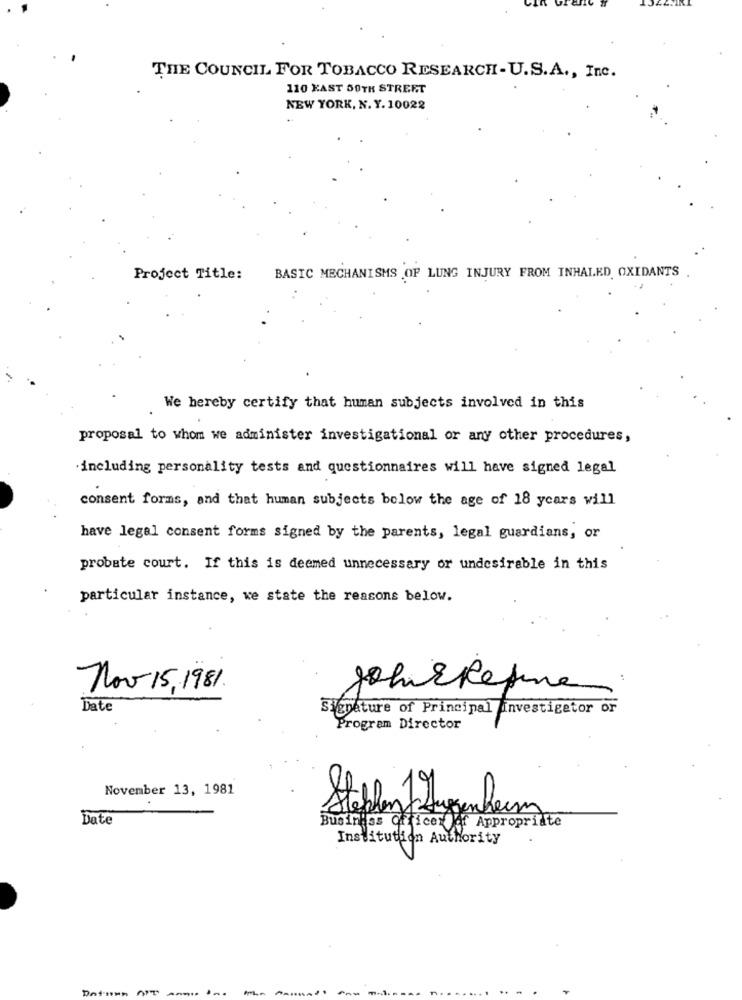
THE COUNCIL FOR TOBACCO RESEARCH- U.S.A ., Inc.
110 KAST 50TH STREET
NEW YORK, N. Y. 10022
Project Title:
BASIC MECHANISMS OF LUNG INJURY FROM INHALED, OXIDANTS
We hereby certify that human subjects involved in this
proposal to whom we administer investigational or any other procedures,
·including personality tests and questionnaires will have signed legal
consent forms, and that human subjects below the age of 18 years will
have legal consent forms signed by the parents, legal guardians, or
probate court. If this is deemed unnecessary or undesirable in this
particular instance, we state the reasons below.
Nov 15.1981.
JohnsRefine
Date
Signature of Principal investigator or
Program Director
November 13, 1981
Steffen Ingenheim
Date
Business Officer of Appropriate
Institution Authority